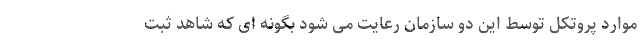
موارد پروتکل توسط این دو سازمان رعایت می شود بگونه ای که شاهد ثبت